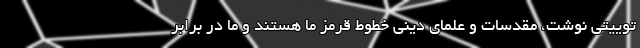
توییتی نوشت، مقدسات و علمای دینی خطوط قرمز ما هستند و ما در برابر